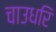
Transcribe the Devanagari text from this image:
चाउधरि